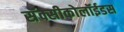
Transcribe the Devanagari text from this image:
सॅक्सीकोलॉईडस